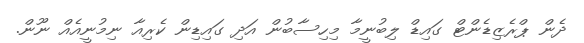
ދެން ޕްރެޒިޑެންޓް ގައިޑް ލިބުނީމާ މިހިސާބުން އަދި ގައިޑިން ކެރިއާ ނިމުނީއެއް ނޫން.